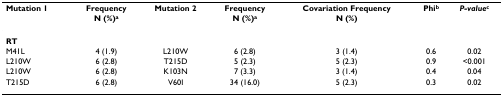
| Mutation 1 | Frequency | Mutation 2 | Frequency | Covariation Frequency | Phib | P-valuec |
 |  | N (%)a |  | N (%)a | N (%) |  |  |
 | --- | --- | --- | --- | --- | --- | --- |
 | RT |  |  |  |  |  |  |
 | M41L | 4 (1.9) | L210W | 6 (2.8) | 3 (1.4) | 0.6 | 0.02 |
 | L210W | 6 (2.8) | T215D | 5 (2.3) | 5 (2.3) | 0.9 | <0.001 |
 | L210W | 6 (2.8) | K103N | 7 (3.3) | 3 (1.4) | 0.4 | 0.04 |
 | T215D | 6 (2.8) | V60I | 34 (16.0) | 5 (2.3) | 0.3 | 0.02 |